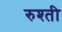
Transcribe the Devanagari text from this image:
रुश्ती